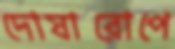
দোষারোপে